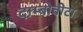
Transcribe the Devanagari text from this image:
दाम्बोवीटा